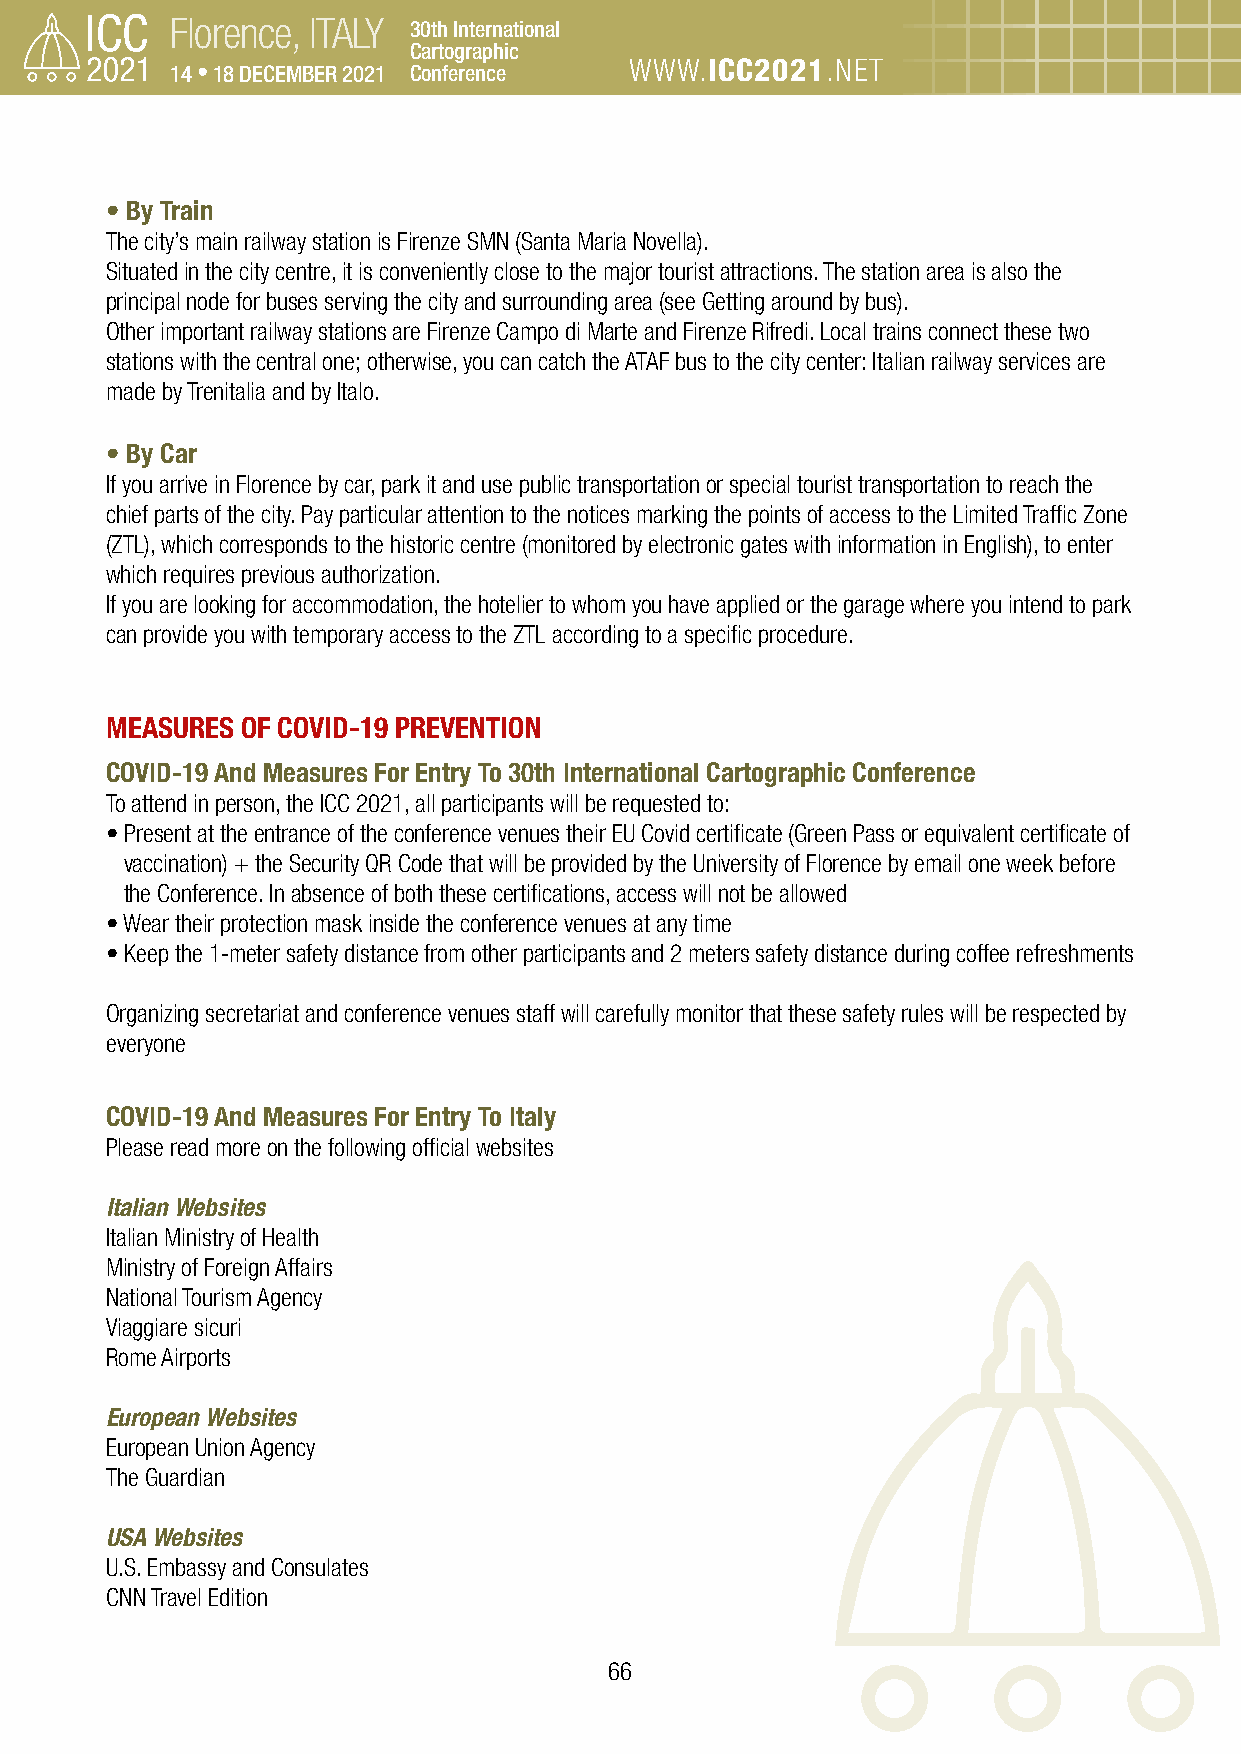
Florence, ITALY 30th International
 Cartographic
 14 • 18 DECEMBER 2021 Conference WWW.ICC2021.NET
 • By Train
 The city’s main railway station is Firenze SMN (Santa Maria Novella).
 Situated in the city centre, it is conveniently close to the major tourist attractions. The station area is also the
 principal node for buses serving the city and surrounding area (see Getting around by bus).
 Other important railway stations are Firenze Campo di Marte and Firenze Rifredi. Local trains connect these two
 stations with the central one; otherwise, you can catch the ATAF bus to the city center: Italian railway services are
 made by Trenitalia and by Italo.
 • By Car
 If you arrive in Florence by car, park it and use public transportation or special tourist transportation to reach the
 chief parts of the city. Pay particular attention to the notices marking the points of access to the Limited Traffic Zone
 (ZTL), which corresponds to the historic centre (monitored by electronic gates with information in English), to enter
 which requires previous authorization.
 If you are looking for accommodation, the hotelier to whom you have applied or the garage where you intend to park
 can provide you with temporary access to the ZTL according to a specific procedure.
 MEASURES OF COVID-19 PREVENTION
 COVID-19 And Measures For Entry To 30th International Cartographic Conference
 To attend in person, the ICC 2021, all participants will be requested to:
 • Present at the entrance of the conference venues their EU Covid certificate (Green Pass or equivalent certificate of
 vaccination) + the Security QR Code that will be provided by the University of Florence by email one week before
 the Conference. In absence of both these certifications, access will not be allowed
 • Wear their protection mask inside the conference venues at any time
 • Keep the 1-meter safety distance from other participants and 2 meters safety distance during coffee refreshments
 Organizing secretariat and conference venues staff will carefully monitor that these safety rules will be respected by
 everyone
 COVID-19 And Measures For Entry To Italy
 Please read more on the following official websites
 Italian Websites
 Italian Ministry of Health
 Ministry of Foreign Affairs
 National Tourism Agency
 Viaggiare sicuri
 Rome Airports
 European Websites
 European Union Agency
 The Guardian
 USA Websites
 U.S. Embassy and Consulates
 CNN Travel Edition
 66